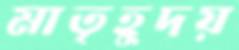
মাতৃহূদয়